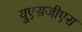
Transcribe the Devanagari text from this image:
युएसजीएस